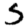
Digit: 5